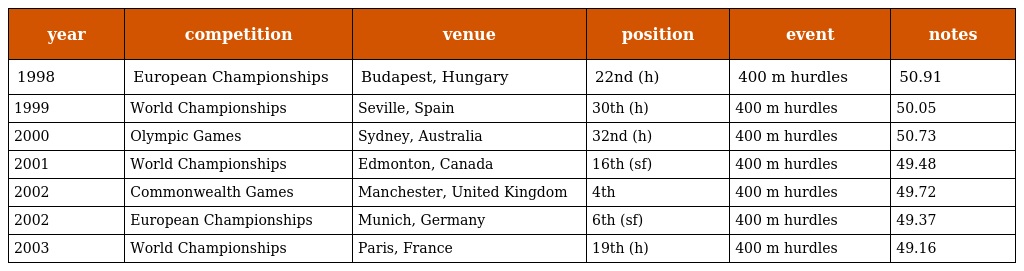
| year | competition | venue | position | event | notes |
 | --- | --- | --- | --- | --- | --- |
 | 1998 | European Championships | Budapest, Hungary | 22nd (h) | 400 m hurdles | 50.91 |
 | 1999 | World Championships | Seville, Spain | 30th (h) | 400 m hurdles | 50.05 |
 | 2000 | Olympic Games | Sydney, Australia | 32nd (h) | 400 m hurdles | 50.73 |
 | 2001 | World Championships | Edmonton, Canada | 16th (sf) | 400 m hurdles | 49.48 |
 | 2002 | Commonwealth Games | Manchester, United Kingdom | 4th | 400 m hurdles | 49.72 |
 | 2002 | European Championships | Munich, Germany | 6th (sf) | 400 m hurdles | 49.37 |
 | 2003 | World Championships | Paris, France | 19th (h) | 400 m hurdles | 49.16 |